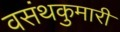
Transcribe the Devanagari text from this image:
वसंथकुमारी